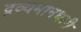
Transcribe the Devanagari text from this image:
द्रव्यमानधारी